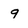
Character: 9